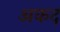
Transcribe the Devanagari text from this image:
अकद